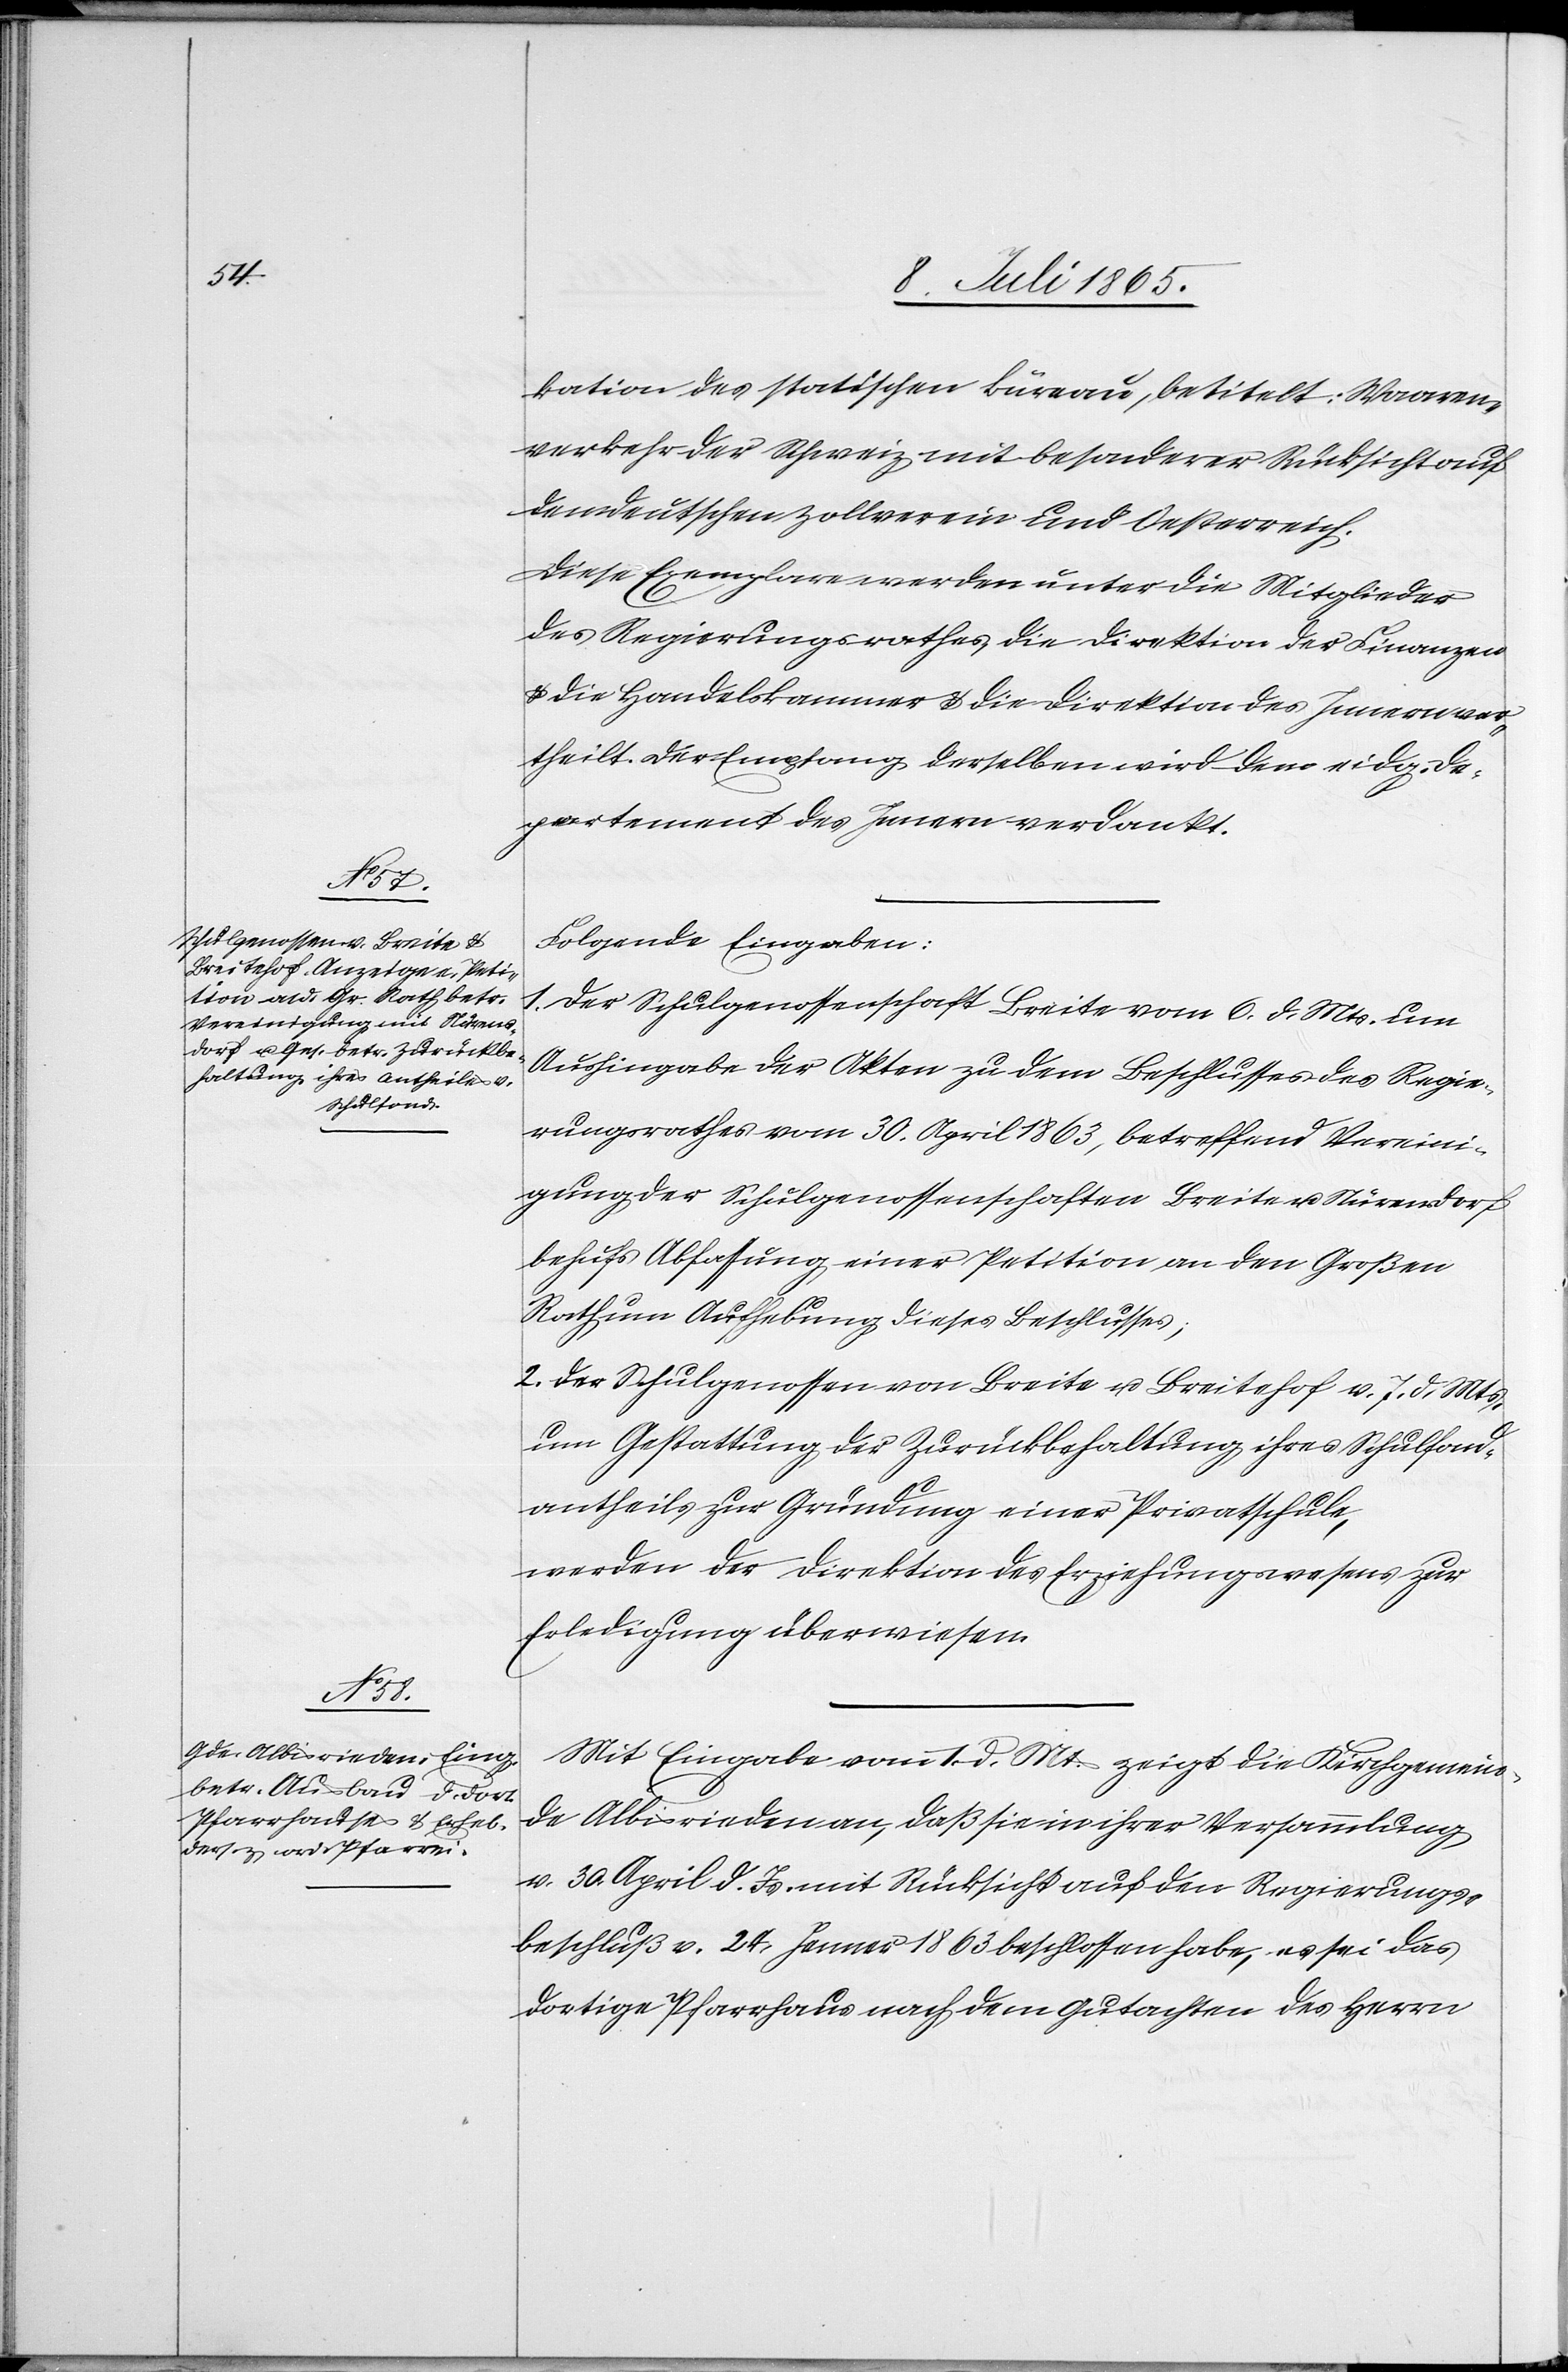
kation des stati[sti]schen Büreau, betitelt: Waaren¬
verkehr der Schweiz mit besonderer Rücksicht auf
den deutschen Zollverein und Oesterreich.
Diese Exemplare werden unter die Mitglieder
des Regierungsrathes[,] die Direktion der Finanzen
u. die Handelskammer u. die Direktion des Innern ver¬
theilt. Der Empfang derselben wird dem eidg. De¬
partement des Innern verdankt.
Folgende Eingaben:
1. Der Schulgenossenschaft Breite vom 6. d. Mts. um
Aushingabe der Akten zu dem Beschlusses [sic!] des Regie¬
rungsrathes vom 30. April 1863, betreffend Vereini¬
gung der Schulgenossenschaften Breite u. Nürensdorf
behufs Abfassung einer Petition an den Großen
Rath um Aufhebung dieses Beschlusses;
2. Der Schulgenossen von Breite u. Breitehof v. 7. d. Mts.
um Gestattung der Zurückbehaltung ihres Schulfond¬
antheils zur Gründung einer Privatschule,
werden der Direktion des Erziehungswesens zur
Erledigung überwiesen.
Mit Eingabe vom 1. d. Mts. zeigt die Kirchgemein¬
de Albisrieden an, daß sie in ihrer Versammlung
v. 30. April d. Js. mit Rücksicht auf den Regierungs¬
beschluß v. 24. Jenner 1863 beschlossen habe, es sei das
dortige Pfarrhaus nach dem Gutachten des Herrn